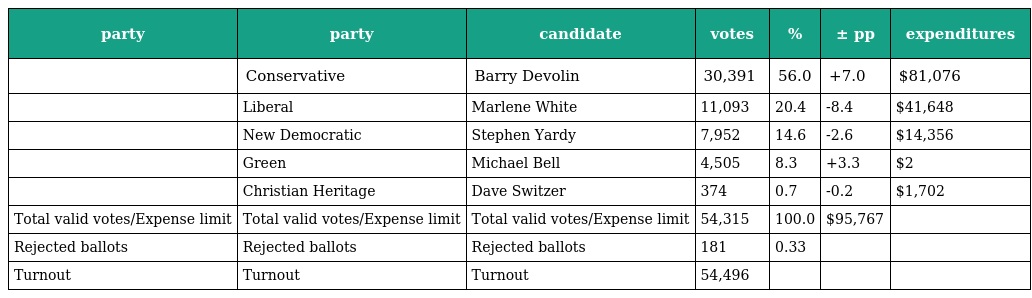
| party | party | candidate | votes | % | ± pp | expenditures |
 | --- | --- | --- | --- | --- | --- | --- |
 |  | Conservative | Barry Devolin | 30,391 | 56.0 | +7.0 | $81,076 |
 |  | Liberal | Marlene White | 11,093 | 20.4 | -8.4 | $41,648 |
 |  | New Democratic | Stephen Yardy | 7,952 | 14.6 | -2.6 | $14,356 |
 |  | Green | Michael Bell | 4,505 | 8.3 | +3.3 | $2 |
 |  | Christian Heritage | Dave Switzer | 374 | 0.7 | -0.2 | $1,702 |
 | Total valid votes/Expense limit | Total valid votes/Expense limit | Total valid votes/Expense limit | 54,315 | 100.0 | $95,767 |  |
 | Rejected ballots | Rejected ballots | Rejected ballots | 181 | 0.33 |  |  |
 | Turnout | Turnout | Turnout | 54,496 |  |  |  |